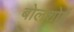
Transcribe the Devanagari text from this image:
बोलशोई